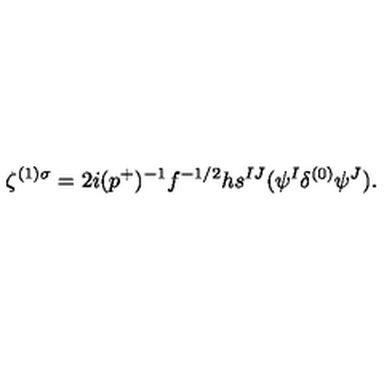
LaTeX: \zeta ^ { ( 1 ) \sigma } = 2 i ( p ^ { + } ) ^ { - 1 } f ^ { - 1 / 2 } h s ^ { I J } ( \psi ^ { I } \delta ^ { ( 0 ) } \psi ^ { J } ) .